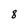
Character: 8